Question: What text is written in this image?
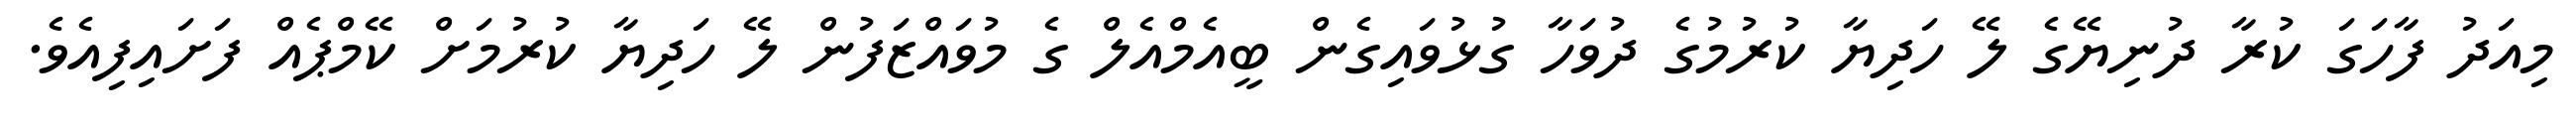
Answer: މިއަދު ފާހަގަ ކުރާ ދުނިޔޭގެ ލޭ ހަދިޔާ ކުރުމުގެ ދުވަހާ ގުޅުވައިގެން ބީއެމްއެލް ގެ މުވައްޒަފުން ލޭ ހަދިޔާ ކުރުމަށް ކޭމްޕެއް ފަށައިފިއެވެ.